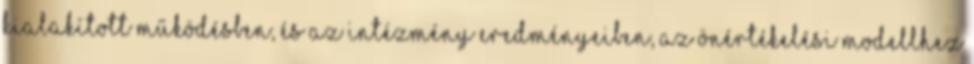
kialakított működésben, és az intézmény eredményeiben, az önértékelési modellhez